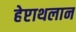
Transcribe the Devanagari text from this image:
हेप्टाथलान